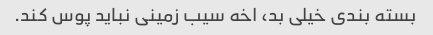
بسته بندی خیلی بد، اخه سیب زمینی نباید پوس کند.